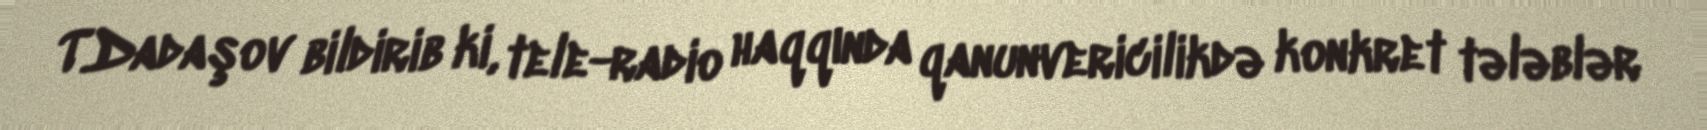
T.Dadaşov bildirib ki, tele-radio haqqında qanunvericilikdə konkret tələblər